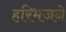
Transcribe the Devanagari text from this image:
हरिभजने